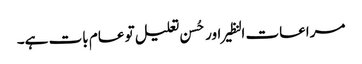
مراعات النظیر اور حُسن تعلیل تو عام بات ہے۔